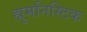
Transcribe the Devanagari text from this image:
ह्युमनिस्टिक